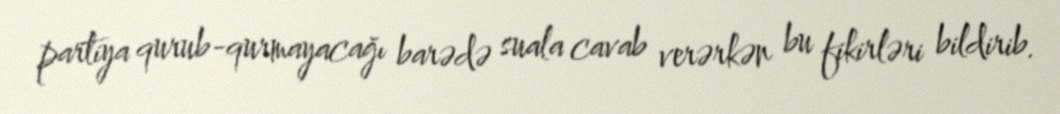
partiya qurub-qurmayacağı barədə suala cavab verərkən bu fikirləri bildirib.